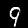
Label: 9